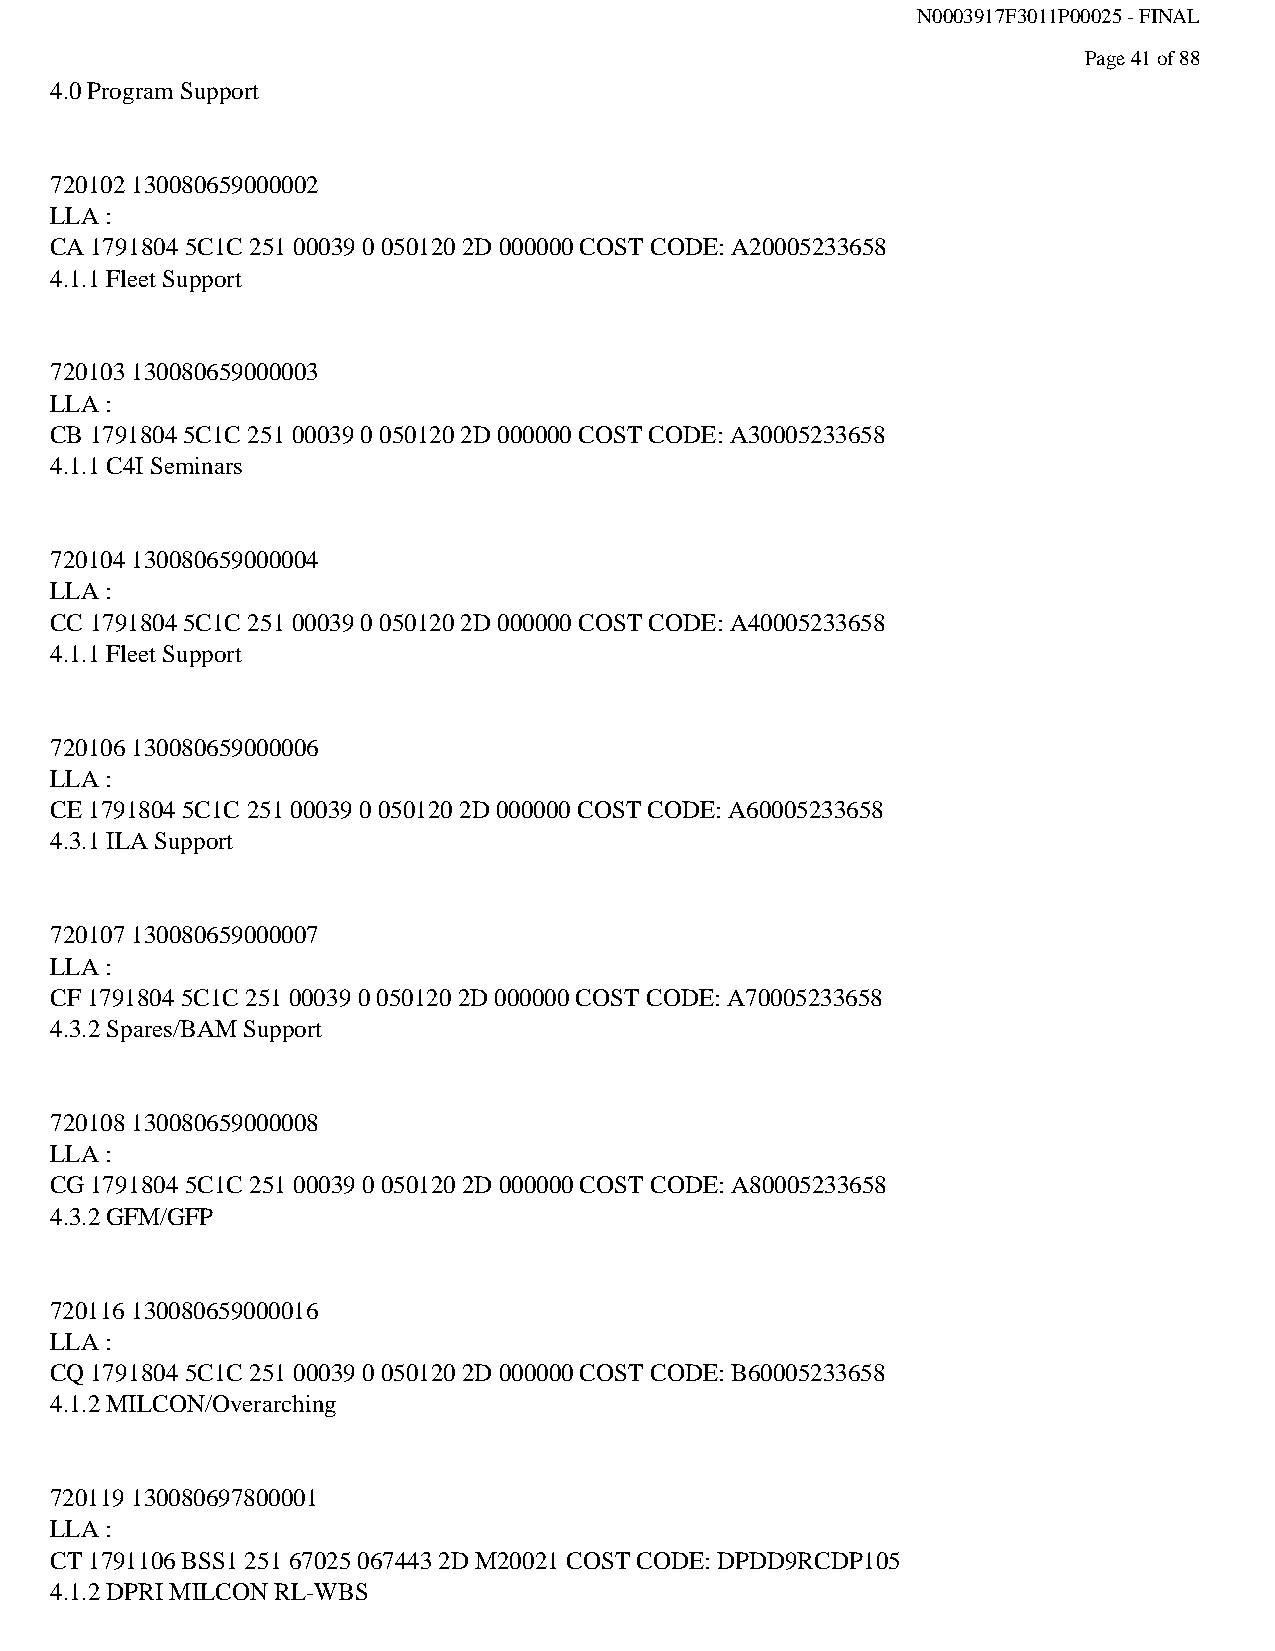
N0003917F3011P00025 - FINAL
 Page 41 of 88
 4.0 Program Support
 720102 130080659000002
 LLA :
 CA 1791804 5C1C 251 00039 0 050120 2D 000000 COST CODE: A20005233658
 4.1.1 Fleet Support
 720103 130080659000003
 LLA :
 CB 1791804 5C1C 251 00039 0 050120 2D 000000 COST CODE: A30005233658
 4.1.1 C4I Seminars
 720104 130080659000004
 LLA :
 CC 1791804 5C1C 251 00039 0 050120 2D 000000 COST CODE: A40005233658
 4.1.1 Fleet Support
 720106 130080659000006
 LLA :
 CE 1791804 5C1C 251 00039 0 050120 2D 000000 COST CODE: A60005233658
 4.3.1 ILA Support
 720107 130080659000007
 LLA :
 CF 1791804 5C1C 251 00039 0 050120 2D 000000 COST CODE: A70005233658
 4.3.2 Spares/BAM Support
 720108 130080659000008
 LLA :
 CG 1791804 5C1C 251 00039 0 050120 2D 000000 COST CODE: A80005233658
 4.3.2 GFM/GFP
 720116 130080659000016
 LLA :
 CQ 1791804 5C1C 251 00039 0 050120 2D 000000 COST CODE: B60005233658
 4.1.2 MILCON/Overarching
 720119 130080697800001
 LLA :
 CT 1791106 BSS1 251 67025 067443 2D M20021 COST CODE: DPDD9RCDP105
 4.1.2 DPRI MILCON RL-WBS